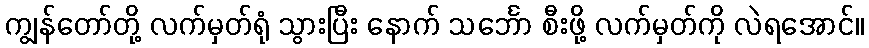
ကျွန်တော်တို့ လက်မှတ်ရုံ သွားပြီး နောက် သင်္ဘော စီးဖို့ လက်မှတ်ကို လဲရအောင်။